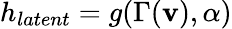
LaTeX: h_{latent}=g(\Gamma(\mathbf{v}),\alpha)